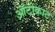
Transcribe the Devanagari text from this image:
ऑटोक्राट